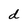
Character: d